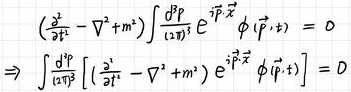
\begin{align*}
\left(\frac{\partial^{2}}{\partial t^{2}}-\nabla^{2}+m^{2}\right) \int \frac{d^{3} p}{(2 \pi)^{3}} e^{i \vec{p} \cdot \vec{x}} \phi(\vec{p}, t) &=0 \\
\Rightarrow \int \frac{d^{3} p}{(2 \pi)^{3}}\left[\left(\frac{\partial^{2}}{\partial t^{2}}-\nabla^{2}+m^{2}\right) e^{i \vec{p} \cdot \vec{x}}\right] \phi(\vec{p}, t) &=D
\end{align*}